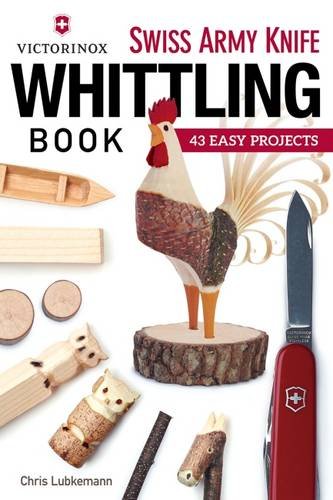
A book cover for Victorinox Swiss Army Knife Book of Whittling: 43 Easy Projects; Chris Lubkemann; Crafts, Hobbies & Home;